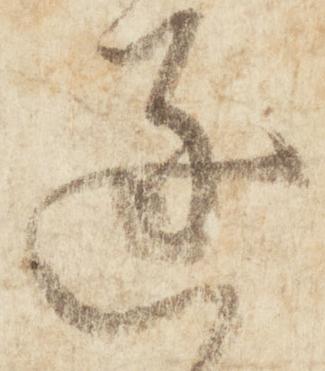
逐